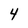
Character: 4